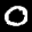
Label: 0